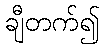
ချီတက်၍